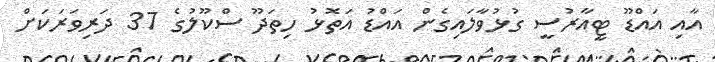
އާއި އައްޑޫ ޓީއާރުސީ ގުޅުވާލައިގެން އައްޑު އަތޮޅު ހިތަދޫ ސްކޫލުގެ 37 ދަރިވަރަކަށް